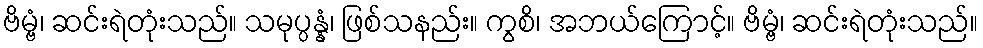
ဗိမ္ဗံ၊ ဆင်းရဲတုံးသည်။ သမုပ္ပန္နံ၊ ဖြစ်သနည်း။ ကွစိ၊ အဘယ်ကြောင့်။ ဗိမ္ဗံ၊ ဆင်းရဲတုံးသည်။